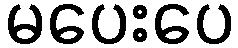
မပေးပေ